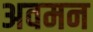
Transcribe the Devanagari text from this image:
अवमन